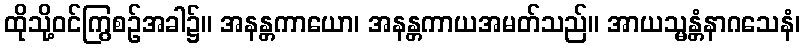
ထိုသို့ဝင်ကြွစဉ်အခါ၌။ အနန္တကာယော၊ အနန္တကာယအမတ်သည်။ အာယသ္မန္တံနာဂသေနံ၊